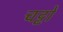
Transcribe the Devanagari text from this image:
चट्टों